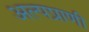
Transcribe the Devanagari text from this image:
अल्पप्राणी